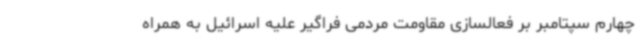
چهارم سپتامبر بر فعالسازی مقاومت مردمی فراگیر علیه اسرائیل به همراه